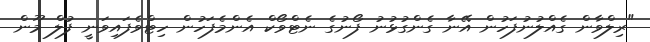
"ރިލްވާން ގެއްލުނުފަހުން އޭނާ ގެންގުޅުނު ފޯނުގެ ނެޓްވޯކް އެންމެފަހުން ހިޓްވެފައިވަނީ ފުލް މޫން